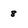
Character: 8